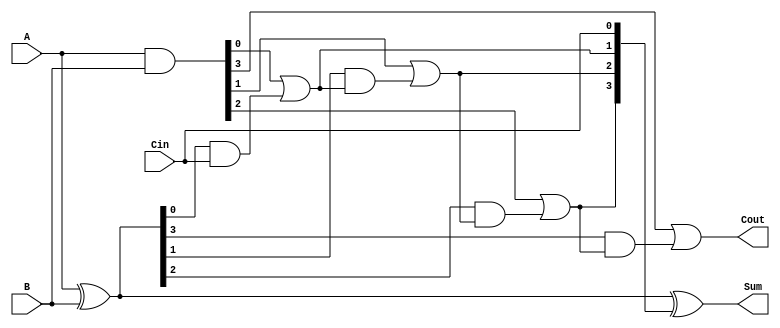
module CarryLookaheadAdder #(
    parameter N = 4 // Number of bits
)(
    input  [N-1:0] A,    // First operand
    input  [N-1:0] B,    // Second operand
    input         Cin,    // Carry input
    output [N-1:0] Sum,   // Sum output
    output        Cout     // Carry output
);

    // Generate and Propagate signals
    wire [N-1:0] G; // Generate
    wire [N-1:0] P; // Propagate
    wire [N:0] C;   // Carry signals

    // Generate and Propagate calculations
    assign G = A & B;           // G[i] = A[i] & B[i]
    assign P = A ^ B;           // P[i] = A[i] ^ B[i]

    // Carry calculations
    assign C[0] = Cin; // Initial carry input
    genvar i;
    generate
        for (i = 0; i < N; i = i + 1) begin : carry_gen
            if (i == 0) begin
                assign C[i + 1] = G[i] | (P[i] & C[i]); // C[1] = G[0] + (P[0] * Cin)
            end else begin
                assign C[i + 1] = G[i] | (P[i] & C[i]); // C[i+1] = G[i] + (P[i] * C[i])
            end
        end
    endgenerate

    // Sum calculations
    assign Sum = P ^ C[N-1:0]; // Sum[i] = P[i] ^ C[i]

    // Carry output
    assign Cout = C[N]; // Final carry output

endmodule